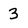
Character: 3